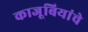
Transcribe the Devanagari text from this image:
काजूबियांचे